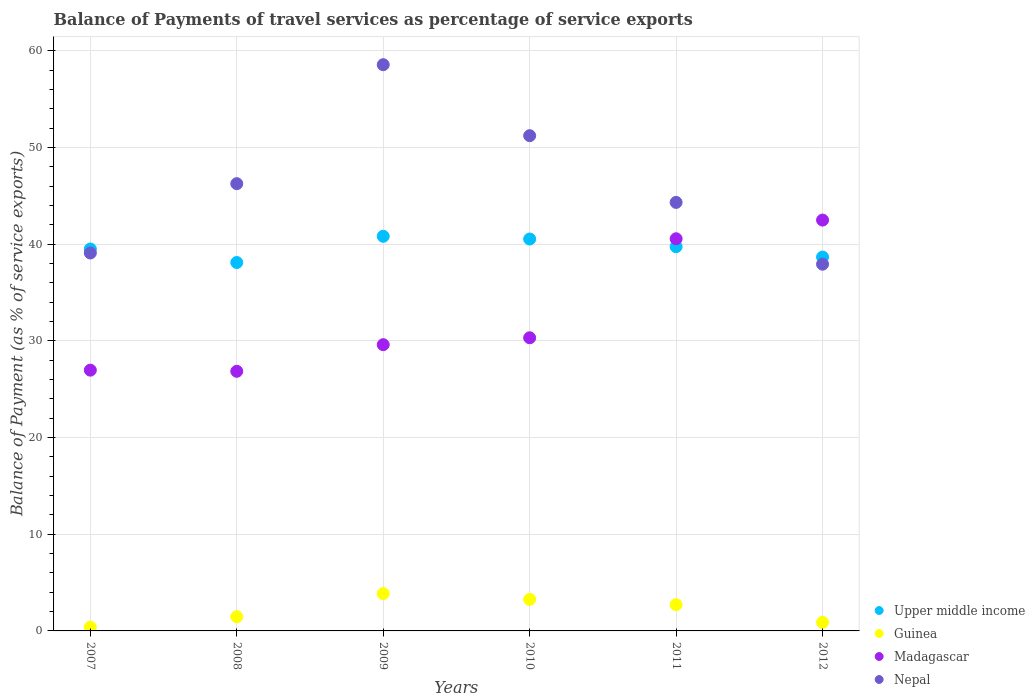
| Years | Upper middle income | Guinea | Madagascar | Nepal |
 | --- | --- | --- | --- | --- |
 | 2007 | 39.5 | 0.39 | 27 | 39.1 |
 | 2008 | 38.1 | 1.47 | 26.9 | 46.3 |
 | 2009 | 40.8 | 3.86 | 29.6 | 58.6 |
 | 2010 | 40.5 | 3.27 | 30.3 | 51.2 |
 | 2011 | 39.7 | 2.71 | 40.6 | 44.3 |
 | 2012 | 38.7 | 0.886 | 42.5 | 37.9 |